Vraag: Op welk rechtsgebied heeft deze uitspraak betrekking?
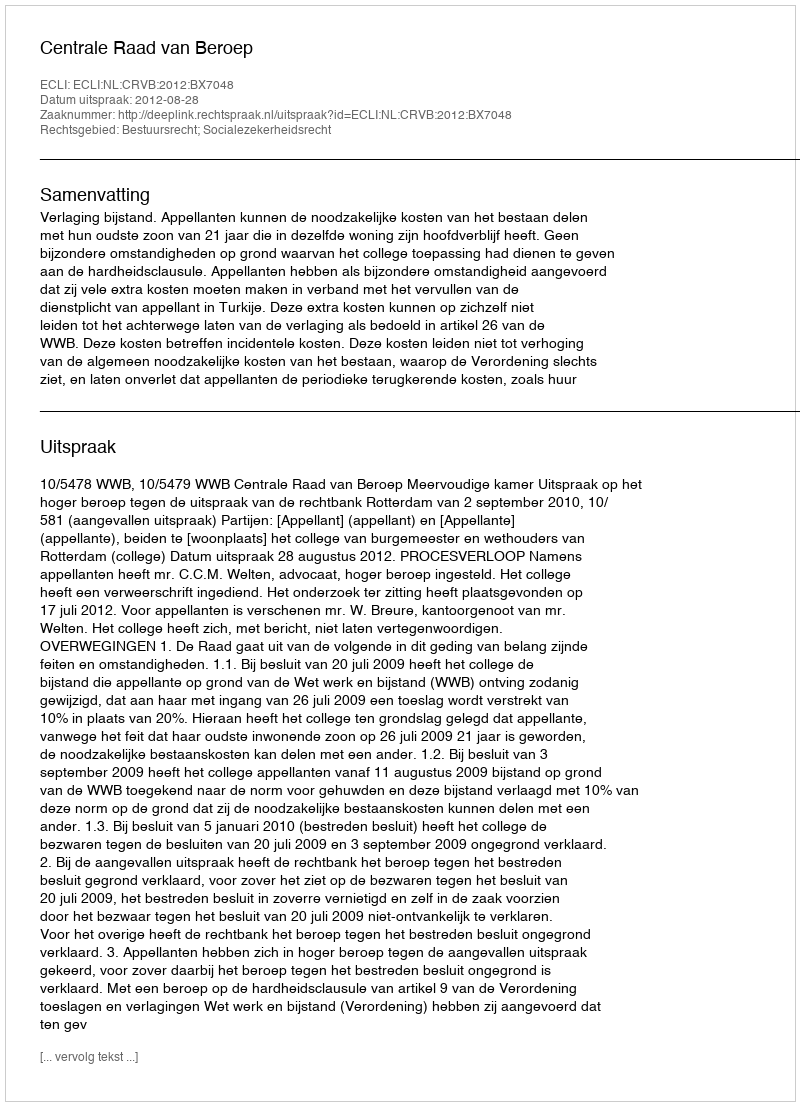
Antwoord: Bestuursrecht; Socialezekerheidsrecht